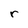
Character: r